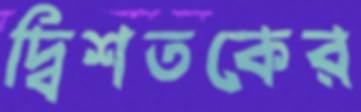
দ্বিশতকের